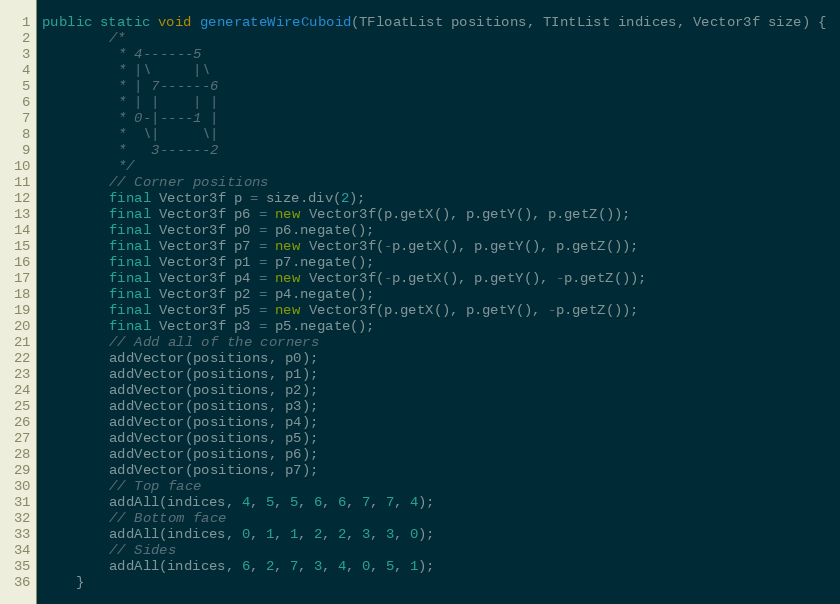
Language: Java
public static void generateWireCuboid(TFloatList positions, TIntList indices, Vector3f size) {
        /*
         * 4------5
         * |\     |\
         * | 7------6
         * | |    | |
         * 0-|----1 |
         *  \|     \|
         *   3------2
         */
        // Corner positions
        final Vector3f p = size.div(2);
        final Vector3f p6 = new Vector3f(p.getX(), p.getY(), p.getZ());
        final Vector3f p0 = p6.negate();
        final Vector3f p7 = new Vector3f(-p.getX(), p.getY(), p.getZ());
        final Vector3f p1 = p7.negate();
        final Vector3f p4 = new Vector3f(-p.getX(), p.getY(), -p.getZ());
        final Vector3f p2 = p4.negate();
        final Vector3f p5 = new Vector3f(p.getX(), p.getY(), -p.getZ());
        final Vector3f p3 = p5.negate();
        // Add all of the corners
        addVector(positions, p0);
        addVector(positions, p1);
        addVector(positions, p2);
        addVector(positions, p3);
        addVector(positions, p4);
        addVector(positions, p5);
        addVector(positions, p6);
        addVector(positions, p7);
        // Top face
        addAll(indices, 4, 5, 5, 6, 6, 7, 7, 4);
        // Bottom face
        addAll(indices, 0, 1, 1, 2, 2, 3, 3, 0);
        // Sides
        addAll(indices, 6, 2, 7, 3, 4, 0, 5, 1);
    }